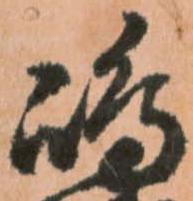
嶋